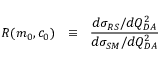
R ( m _ { 0 } , c _ { 0 } ) ~ ~ \equiv ~ ~ \frac { d \sigma _ { R S } / d Q _ { D A } ^ { 2 } } { d \sigma _ { S M } / d Q _ { D A } ^ { 2 } }